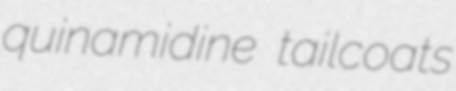
quinamidine tailcoats